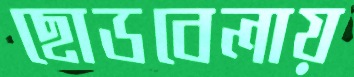
ছোডবেলায়